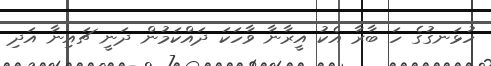
ހުޅަނގުގެ ހަ ބާރާ އެކު އީރާނާ ވާހަކަ ދައްކަމުން ދަނީ ޗައިނާ އަދި